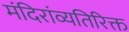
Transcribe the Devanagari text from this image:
मंदिरांव्यतिरिक्त